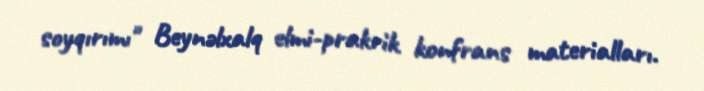
soyqırımı" Beynəlxalq elmi-prakrik konfrans materialları.